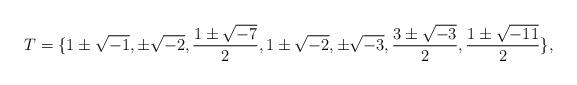
LaTeX: \begin{align*}T=\{1 \pm \sqrt{-1},\pm \sqrt{-2}, \frac{1\pm \sqrt{-7}}{2},1\pm \sqrt{-2}, \pm \sqrt{-3}, \frac{3\pm \sqrt{-3}}{2}, \frac{1\pm\sqrt{-11}}{2}\},\end{align*}